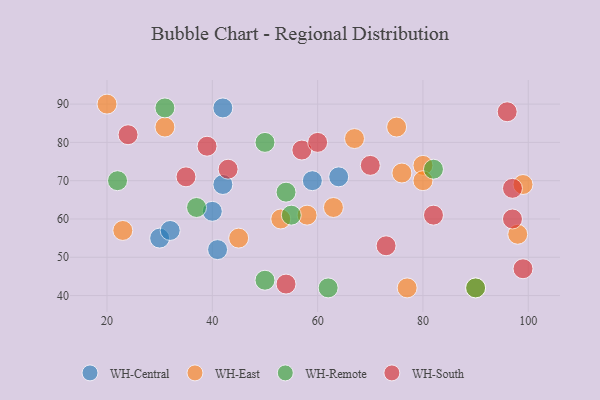
{"axis": {"x": "GDP", "y": "Life Expectancy"}, "legend": ["WH-Central", "WH-East", "WH-Remote", "WH-South"], "data": [{"x": "30", "y": 55, "type": "WH-Central"}, {"x": "42", "y": 69, "type": "WH-Central"}, {"x": "59", "y": 70, "type": "WH-Central"}, {"x": "64", "y": 71, "type": "WH-Central"}, {"x": "42", "y": 89, "type": "WH-Central"}, {"x": "41", "y": 52, "type": "WH-Central"}, {"x": "40", "y": 62, "type": "WH-Central"}, {"x": "32", "y": 57, "type": "WH-Central"}, {"x": "77", "y": 42, "type": "WH-East"}, {"x": "99", "y": 69, "type": "WH-East"}, {"x": "90", "y": 42, "type": "WH-East"}, {"x": "67", "y": 81, "type": "WH-East"}, {"x": "76", "y": 72, "type": "WH-East"}, {"x": "75", "y": 84, "type": "WH-East"}, {"x": "98", "y": 56, "type": "WH-East"}, {"x": "20", "y": 90, "type": "WH-East"}, {"x": "80", "y": 74, "type": "WH-East"}, {"x": "80", "y": 70, "type": "WH-East"}, {"x": "58", "y": 61, "type": "WH-East"}, {"x": "63", "y": 63, "type": "WH-East"}, {"x": "31", "y": 84, "type": "WH-East"}, {"x": "23", "y": 57, "type": "WH-East"}, {"x": "53", "y": 60, "type": "WH-East"}, {"x": "45", "y": 55, "type": "WH-East"}, {"x": "22", "y": 70, "type": "WH-Remote"}, {"x": "54", "y": 67, "type": "WH-Remote"}, {"x": "62", "y": 42, "type": "WH-Remote"}, {"x": "50", "y": 80, "type": "WH-Remote"}, {"x": "90", "y": 42, "type": "WH-Remote"}, {"x": "82", "y": 73, "type": "WH-Remote"}, {"x": "50", "y": 44, "type": "WH-Remote"}, {"x": "55", "y": 61, "type": "WH-Remote"}, {"x": "31", "y": 89, "type": "WH-Remote"}, {"x": "37", "y": 63, "type": "WH-Remote"}, {"x": "35", "y": 71, "type": "WH-South"}, {"x": "24", "y": 82, "type": "WH-South"}, {"x": "57", "y": 78, "type": "WH-South"}, {"x": "60", "y": 80, "type": "WH-South"}, {"x": "97", "y": 60, "type": "WH-South"}, {"x": "70", "y": 74, "type": "WH-South"}, {"x": "96", "y": 88, "type": "WH-South"}, {"x": "73", "y": 53, "type": "WH-South"}, {"x": "82", "y": 61, "type": "WH-South"}, {"x": "43", "y": 73, "type": "WH-South"}, {"x": "99", "y": 47, "type": "WH-South"}, {"x": "97", "y": 68, "type": "WH-South"}, {"x": "39", "y": 79, "type": "WH-South"}, {"x": "54", "y": 43, "type": "WH-South"}]}